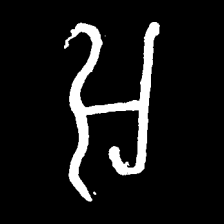
Pyu character \u2014 Myanmar letter: အ (romanized: a)